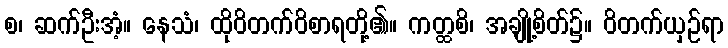
စ၊ ဆက်ဦးအံ့။ နေသံ၊ ထိုဝိတက်ဝိစာရတို့၏။ ကတ္ထစိ၊ အချို့စိတ်၌။ ဝိတက်ယှဉ်ရာ